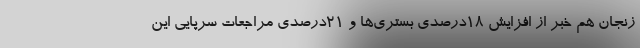
زنجان هم خبر از افزایش ۱۸درصدی بستری‌ها و ۲۱درصدی مراجعات سرپایی این